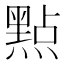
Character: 㸃